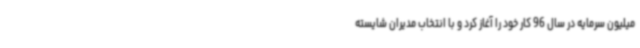
میلیون سرمایه در سال 96 کار خود را آغاز کرد و با انتخاب مدیران شایسته